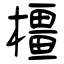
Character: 橿